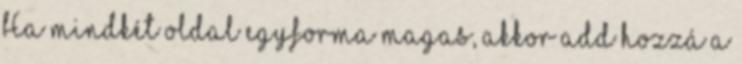
Ha mindkét oldal egyforma magas, akkor add hozzá a